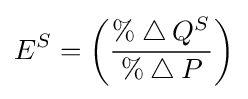
E^{S}=\left({\frac {\%\bigtriangleup Q^{S}}{\%\bigtriangleup P}}\right)